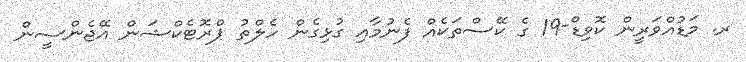
ރ. މަޑުއްވަރީން ކޮވިޑް-19 ގެ ކޭސްތަކެއް ފެނުމާއި ގުޅިގެން ހެލްތު ޕްރޮޓެކްޝަން އޭޖެންސީން